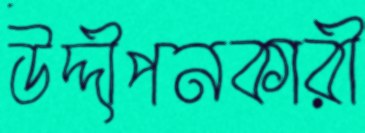
উদ্দীপনকারী